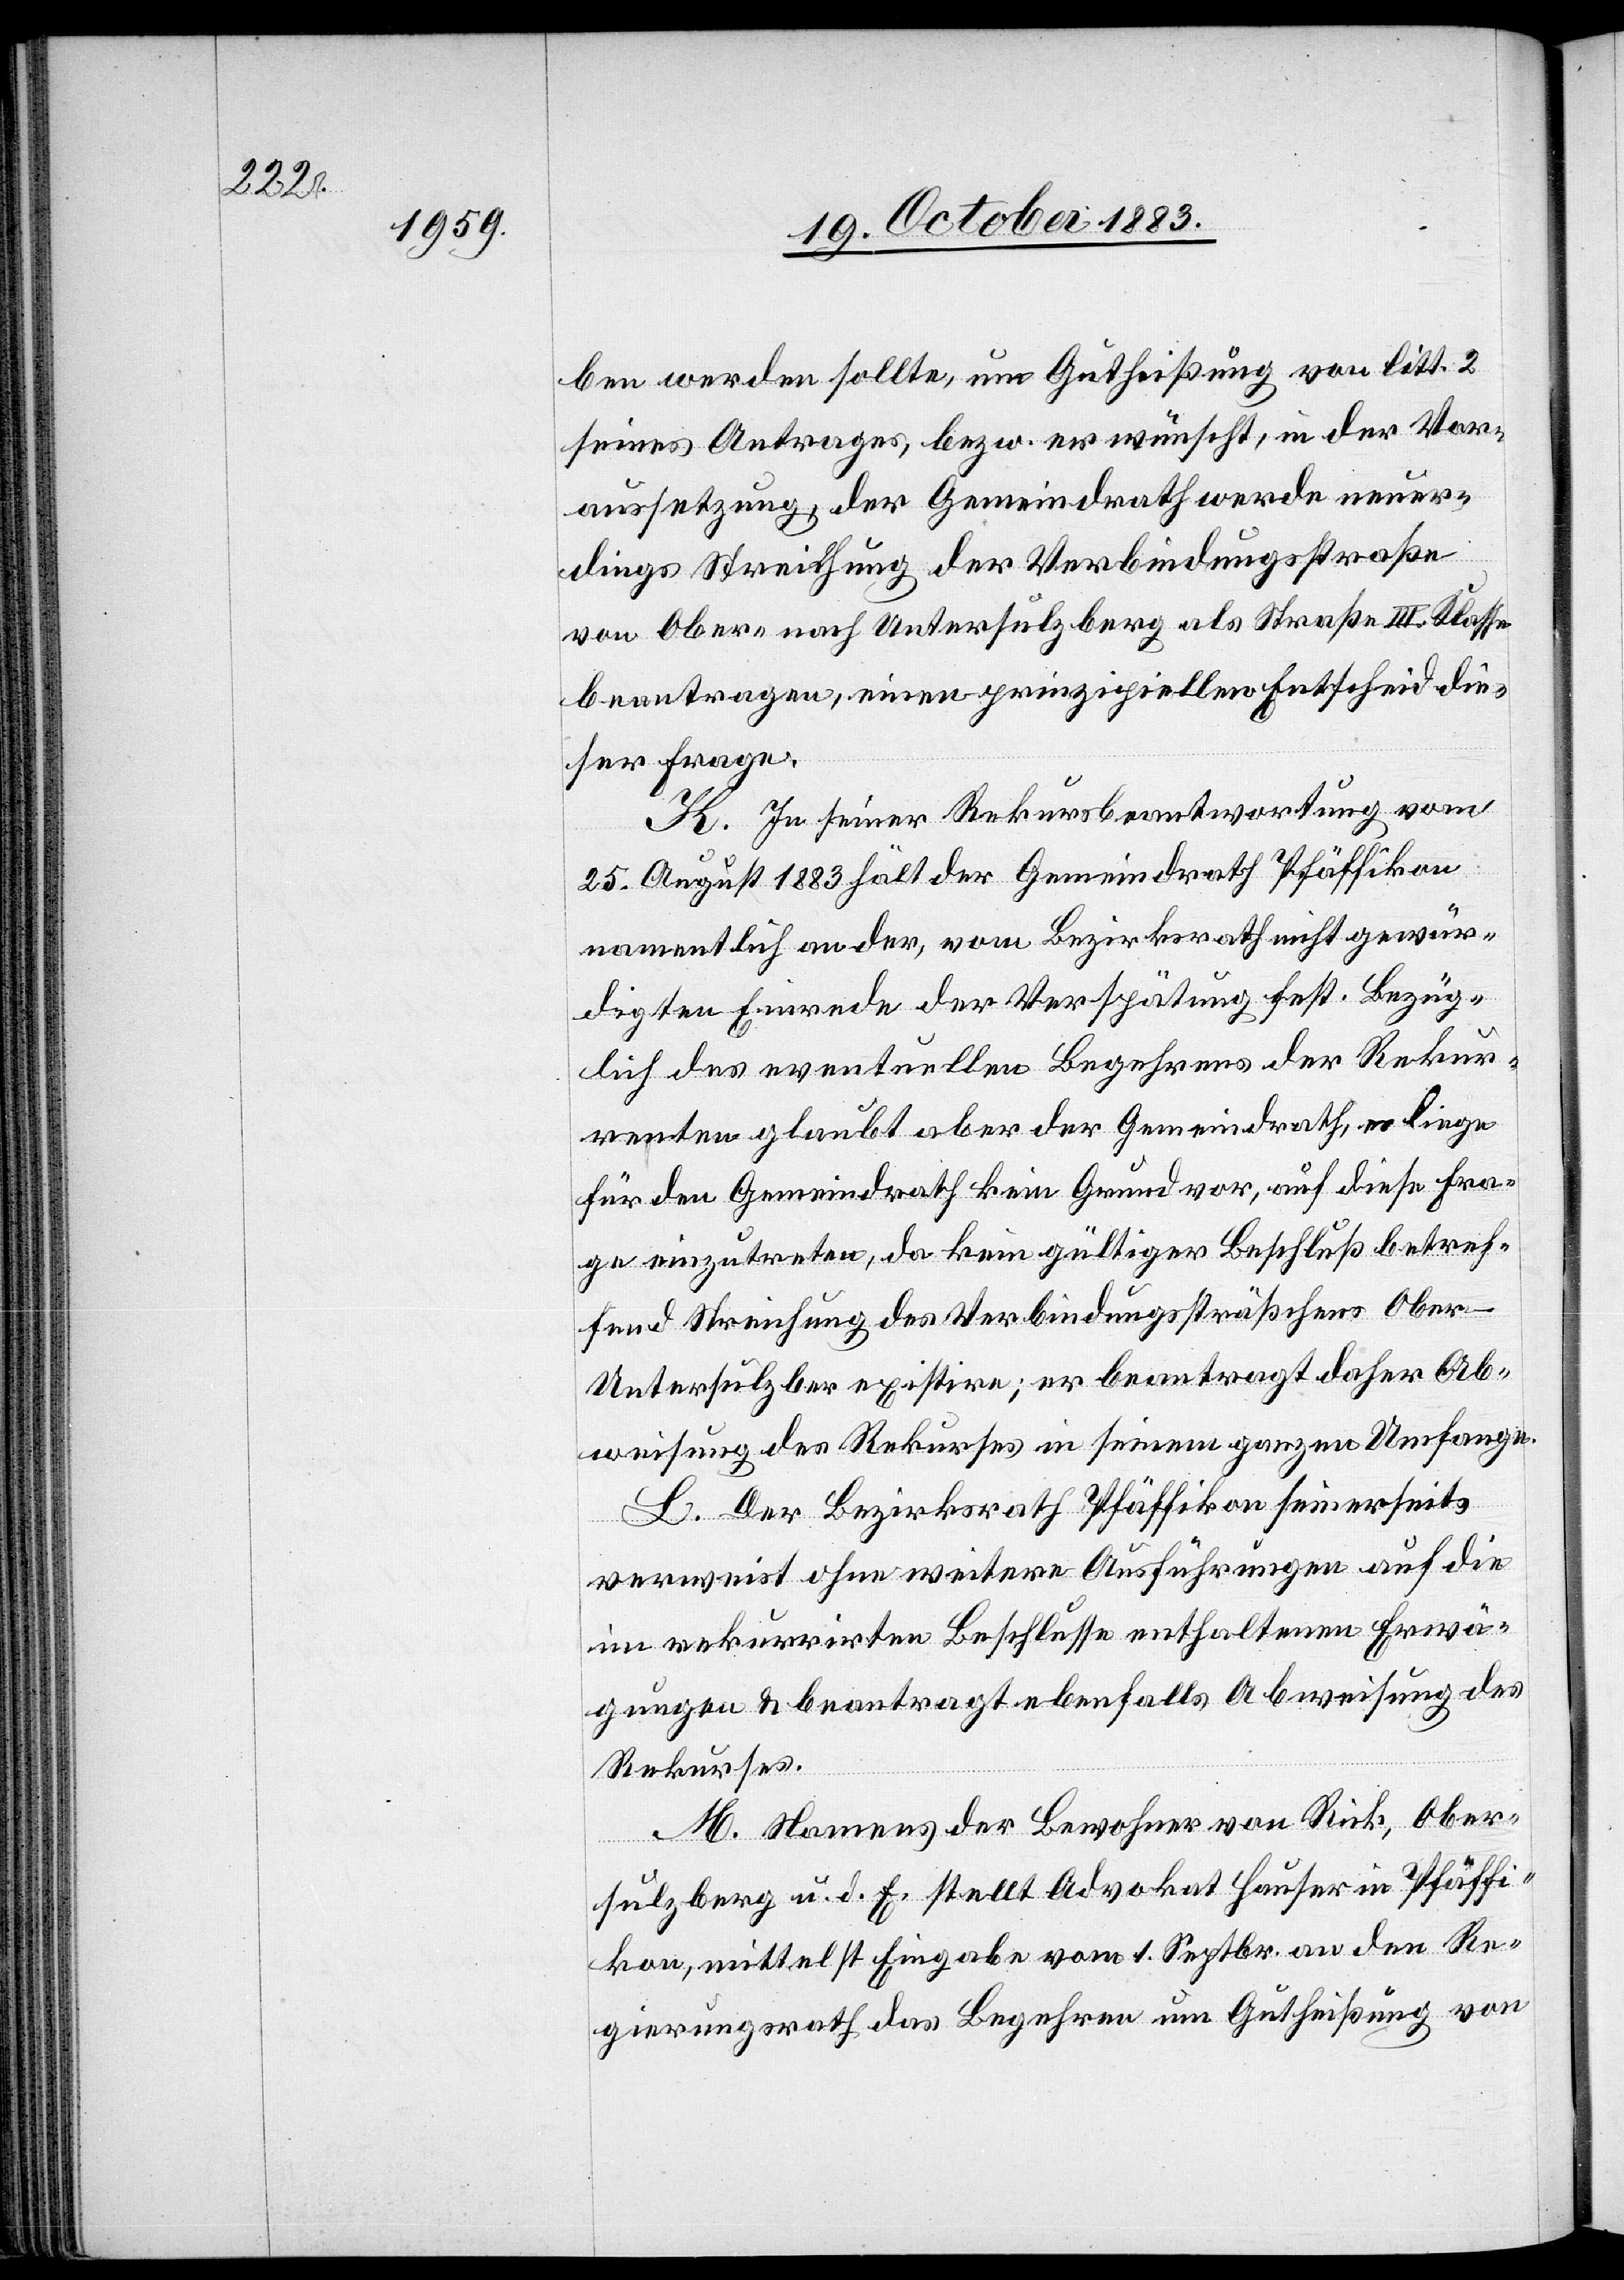
ben werden sollte, um Gutheißung von litt. 2
seines Antrages, bezw. er wünscht, in der Vor¬
aussetzung, der Gemeindrath werde neuer¬
dings Streichung der Verbindungsstraße
von Ober- nach Untersulzberg als Straße III. Klasse
beantragen, einen prinzipiellen Entscheid die¬
ser Frage.
K. In seiner Rekursbeantwortung vom
25. August 1883 hält der Gemeindrath Pfäffikon
namentlich an der, vom Bezirksrath nicht gewür¬
digten Einrede der Verspätung fest. Bezüg¬
lich des eventuellen Begehrens der Rekur¬
renten glaubt aber der Gemeindrath, es liege
für den Gemeindrath kein Grund vor, auf diese Fra¬
ge einzutreten, da kein gültiger Beschluß betref¬
fend Streichung des Verbindungssträßchens Ober-
Untersulzber[g] existire; er beantragt daher Ab¬
weisung des Rekurses in seinem ganze Umfange.
L. Der Bezirksrath Pfäffikon seinerseits
verweist ohne weitere Ausführungen auf die
im rekurrirten Beschlusse enthaltenen Erwä¬
gungen & beantragt ebenfalls Abweisung des
Rekurses.
M. Namens der Bewohner von Rick, Ober¬
sulzberg u. d. E. stellt Advokat Hauser in Pfäffi¬
kon, mittelst Eingabe vom 1. Septbr. an den Re¬
gierungsrath das Begehren um Gutheißung von